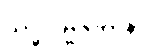
သဒ္ဓါပဗ္ဗဇိတာနံ